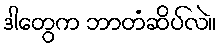
ဒါတွေက ဘာတံဆိပ်လဲ။